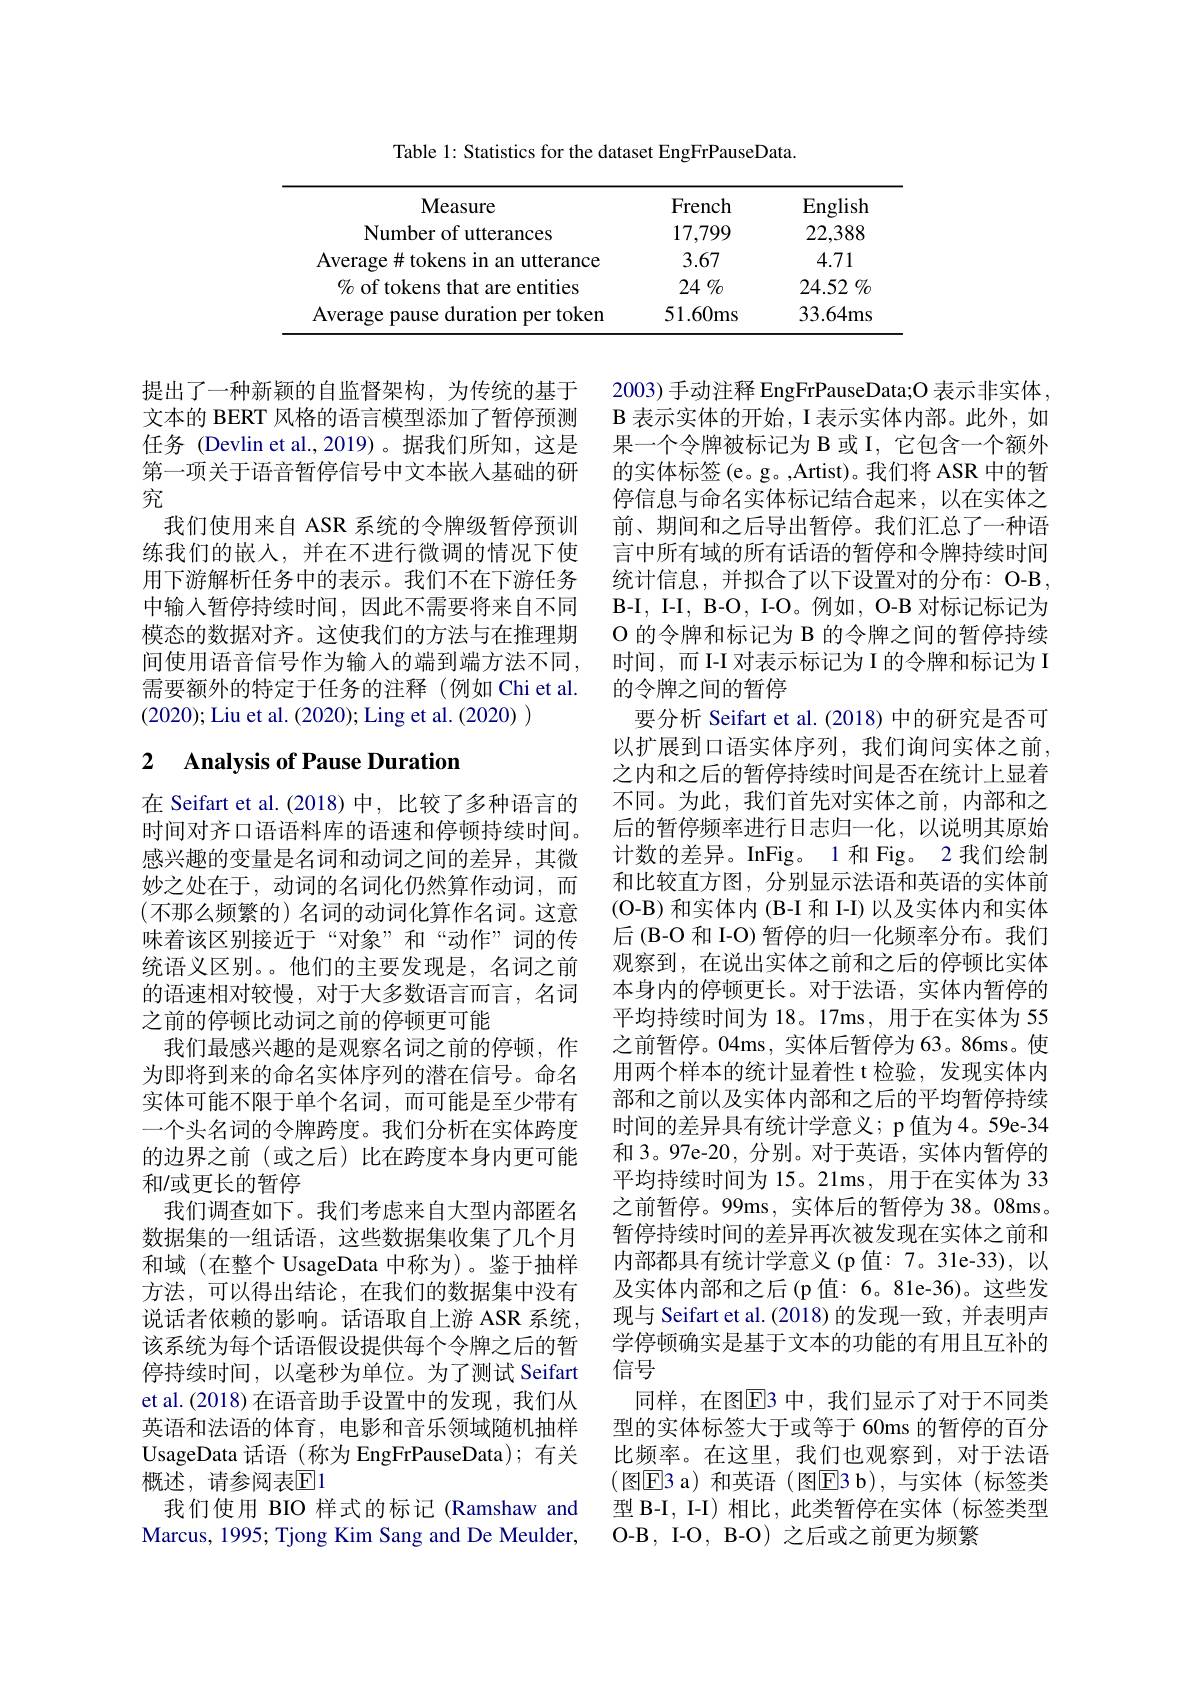
Table 1: Statistics for the dataset EngFrPauseData.

<table>
	<tbody>
		<tr>
			<th>Measure</th>
			<th>French</th>
			<th>English</th>
		</tr>
		<tr>
			<td>Number of utterances</td>
			<td>17,799</td>
			<td>22,388</td>
		</tr>
		<tr>
			<td>Average#tokens in an utterance</td>
			<td>3.67</td>
			<td>4.71</td>
		</tr>
		<tr>
			<td>$\%$ of tokens that are entities</td>
			<td>$24\%$</td>
			<td>24.52 $\%$</td>
		</tr>
		<tr>
			<td>Average pause $\because f$ duration per token</td>
			<td>51.60ms</td>
			<td>33.64ms</td>
		</tr>
	</tbody>
</table>

提出了一种新颖的自监督架构，为传统的基于文本的 BERT 风格的语言模型添加了暂停预测任务 (Devlin et al.,2019)。据我们所知，这是第一项关于语音暂停信号中文本嵌入基础的研究
我们使用来自 ASR 系统的令牌级暂停预训练我们的嵌入，并在不进行微调的情况下使用下游解析任务中的表示。我们不在下游任务中输入暂停持续时间，因此不需要将来自不同模态的数据对齐。这使我们的方法与在推理期间使用语音信号作为输入的端到端方法不同， 需要额外的特定于任务的注释(例如 Chi et al (2020); Liu et al. (2020); Ling et al. (2020) )

## 2 $\textbf{Analysis of Pause Duration}$

在 Seifart et al.(2018)中，比较了多种语言的时间对齐口语语料库的语速和停顿持续时间。感兴趣的变量是名词和动词之间的差异，其微妙之处在于，动词的名词化仍然算作动词，而(不那么频繁的)名词的动词化算作名词。这意味着该区别接近于“对象”和“动作”词的传统语义区别。。他们的主要发现是，名词之前的语速相对较慢，对于大多数语言而言，名词之前的停顿比动词之前的停顿更可能
我们最感兴趣的是观察名词之前的停顿，作为即将到来的命名实体序列的潜在信号。命名实体可能不限于单个名词，而可能是至少带有一个头名词的令牌跨度。我们分析在实体跨度的边界之前(或之后)比在跨度本身内更可能和/或更长的暂停
我们调查如下。我们考虑来自大型内部匿名数据集的一组话语，这些数据集收集了几个月和域(在整个 UsageData 中称为)。鉴于抽样方法，可以得出结论，在我们的数据集中没有说话者依赖的影响。话语取自上游 ASR 系统该系统为每个话语假设提供每个令牌之后的暂停持续时间，以毫秒为单位。为了测试 Seifart et al.(2018) 在语音助手设置中的发现，我们从英语和法语的体育，电影和音乐领域随机抽样UsageData 话语 (称为 EngFrPauseData); 有关概述，请参阅表$\mathbb{E}$1
我们使用 BIO 样式的标记 (Ramshaw and Marcus, 1995; Tjong Kim Sang and De Meulder,

2003) 手动注释 EngFrPauseData;O 表示非实体， $\mathcal{B}$表示实体的开始，I 表示实体内部。此外，如果一个令牌被标记为 B 或 I, 它包含一个额外的实体标签(e。g。,Artist)。我们将 ASR 中的暂停信息与命名实体标记结合起来，以在实体之前、期间和之后导出暂停。我们汇总了一种语言中所有域的所有话语的暂停和令牌持续时间统计信息，并拟合了以下设置对的分布：O-B $\mathbf{B-I,~I-I,~B-O,~I-O。例如，~O-B~对标记标记为}$ O 的令牌和标记为 B 的令牌之间的暂停持续时间，而 I-I 对表示标记为 I 的令牌和标记为 I 的令牌之间的暂停
要分析 Seifart et al.(2018) 中的研究是否可以扩展到口语实体序列，我们询问实体之前， 之内和之后的暂停持续时间是否在统计上显着不同。为此，我们首先对实体之前，内部和之后的暂停频率进行日志归一化，以说明其原始计数的差异。InFig。1 和 Fig。2 我们绘制和比较直方图，分别显示法语和英语的实体前(O-B) 和实体内 (B-I 和 I-I) 以及实体内和实体后(B-O 和 I-O) 暂停的归一化频率分布。我们观察到，在说出实体之前和之后的停顿比实体本身内的停顿更长。对于法语，实体内暂停的平均持续时间为 18。17ms, 用于在实体为 55之前暂停。04ms,实体后暂停为 63。86ms。使用两个样本的统计显着性 t 检验，发现实体内部和之前以及实体内部和之后的平均暂停持续时间的差异具有统计学意义；p 值为 4。59e-34和 3。97e-20, 分别。对于英语，实体内暂停的平均持续时间为 15。21ms, 用于在实体为 33之前暂停。99ms,实体后的暂停为 38。08ms。暂停持续时间的差异再次被发现在实体之前和内部都具有统计学意义(p值：7。31e-33),以及实体内部和之后(p 值：6。81e-36)。这些发现与 Seifart et al. (2018) 的发现一致，并表明声学停顿确实是基于文本的功能的有用且互补的信号
同样，在图$\overline{\mathrm{E}}$3 中，我们显示了对于不同类型的实体标签大于或等于 60ms 的暂停的百分比频率。在这里，我们也观察到，对于法语(图$\overline{\mathrm{E}}$3 a)和英语(图$\overline{\mathrm{E}}$3 b),与实体(标签类型 B-I, I-I) 相比，此类暂停在实体(标签类型O-B, I-O, B-O) 之后或之前更为频繁